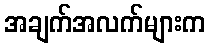
အချက်အလက်များက